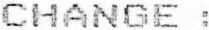
CHANGE :